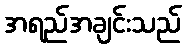
အရည်အချင်းသည်